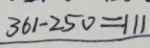
3 6 1 - 2 5 0 = 1 1 1